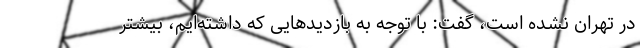
در تهران نشده است، گفت: با توجه به بازدیدهایی که داشته‌ایم، بیشتر